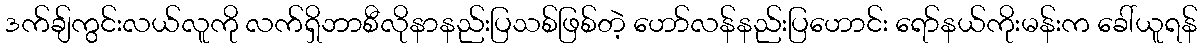
ဒက်ချ်ကွင်းလယ်လူကို လက်ရှိဘာစီလိုနာနည်းပြသစ်ဖြစ်တဲ့ ဟော်လန်နည်းပြဟောင်း ရော်နယ်ကိုးမန်းက ခေါ်ယူရန်